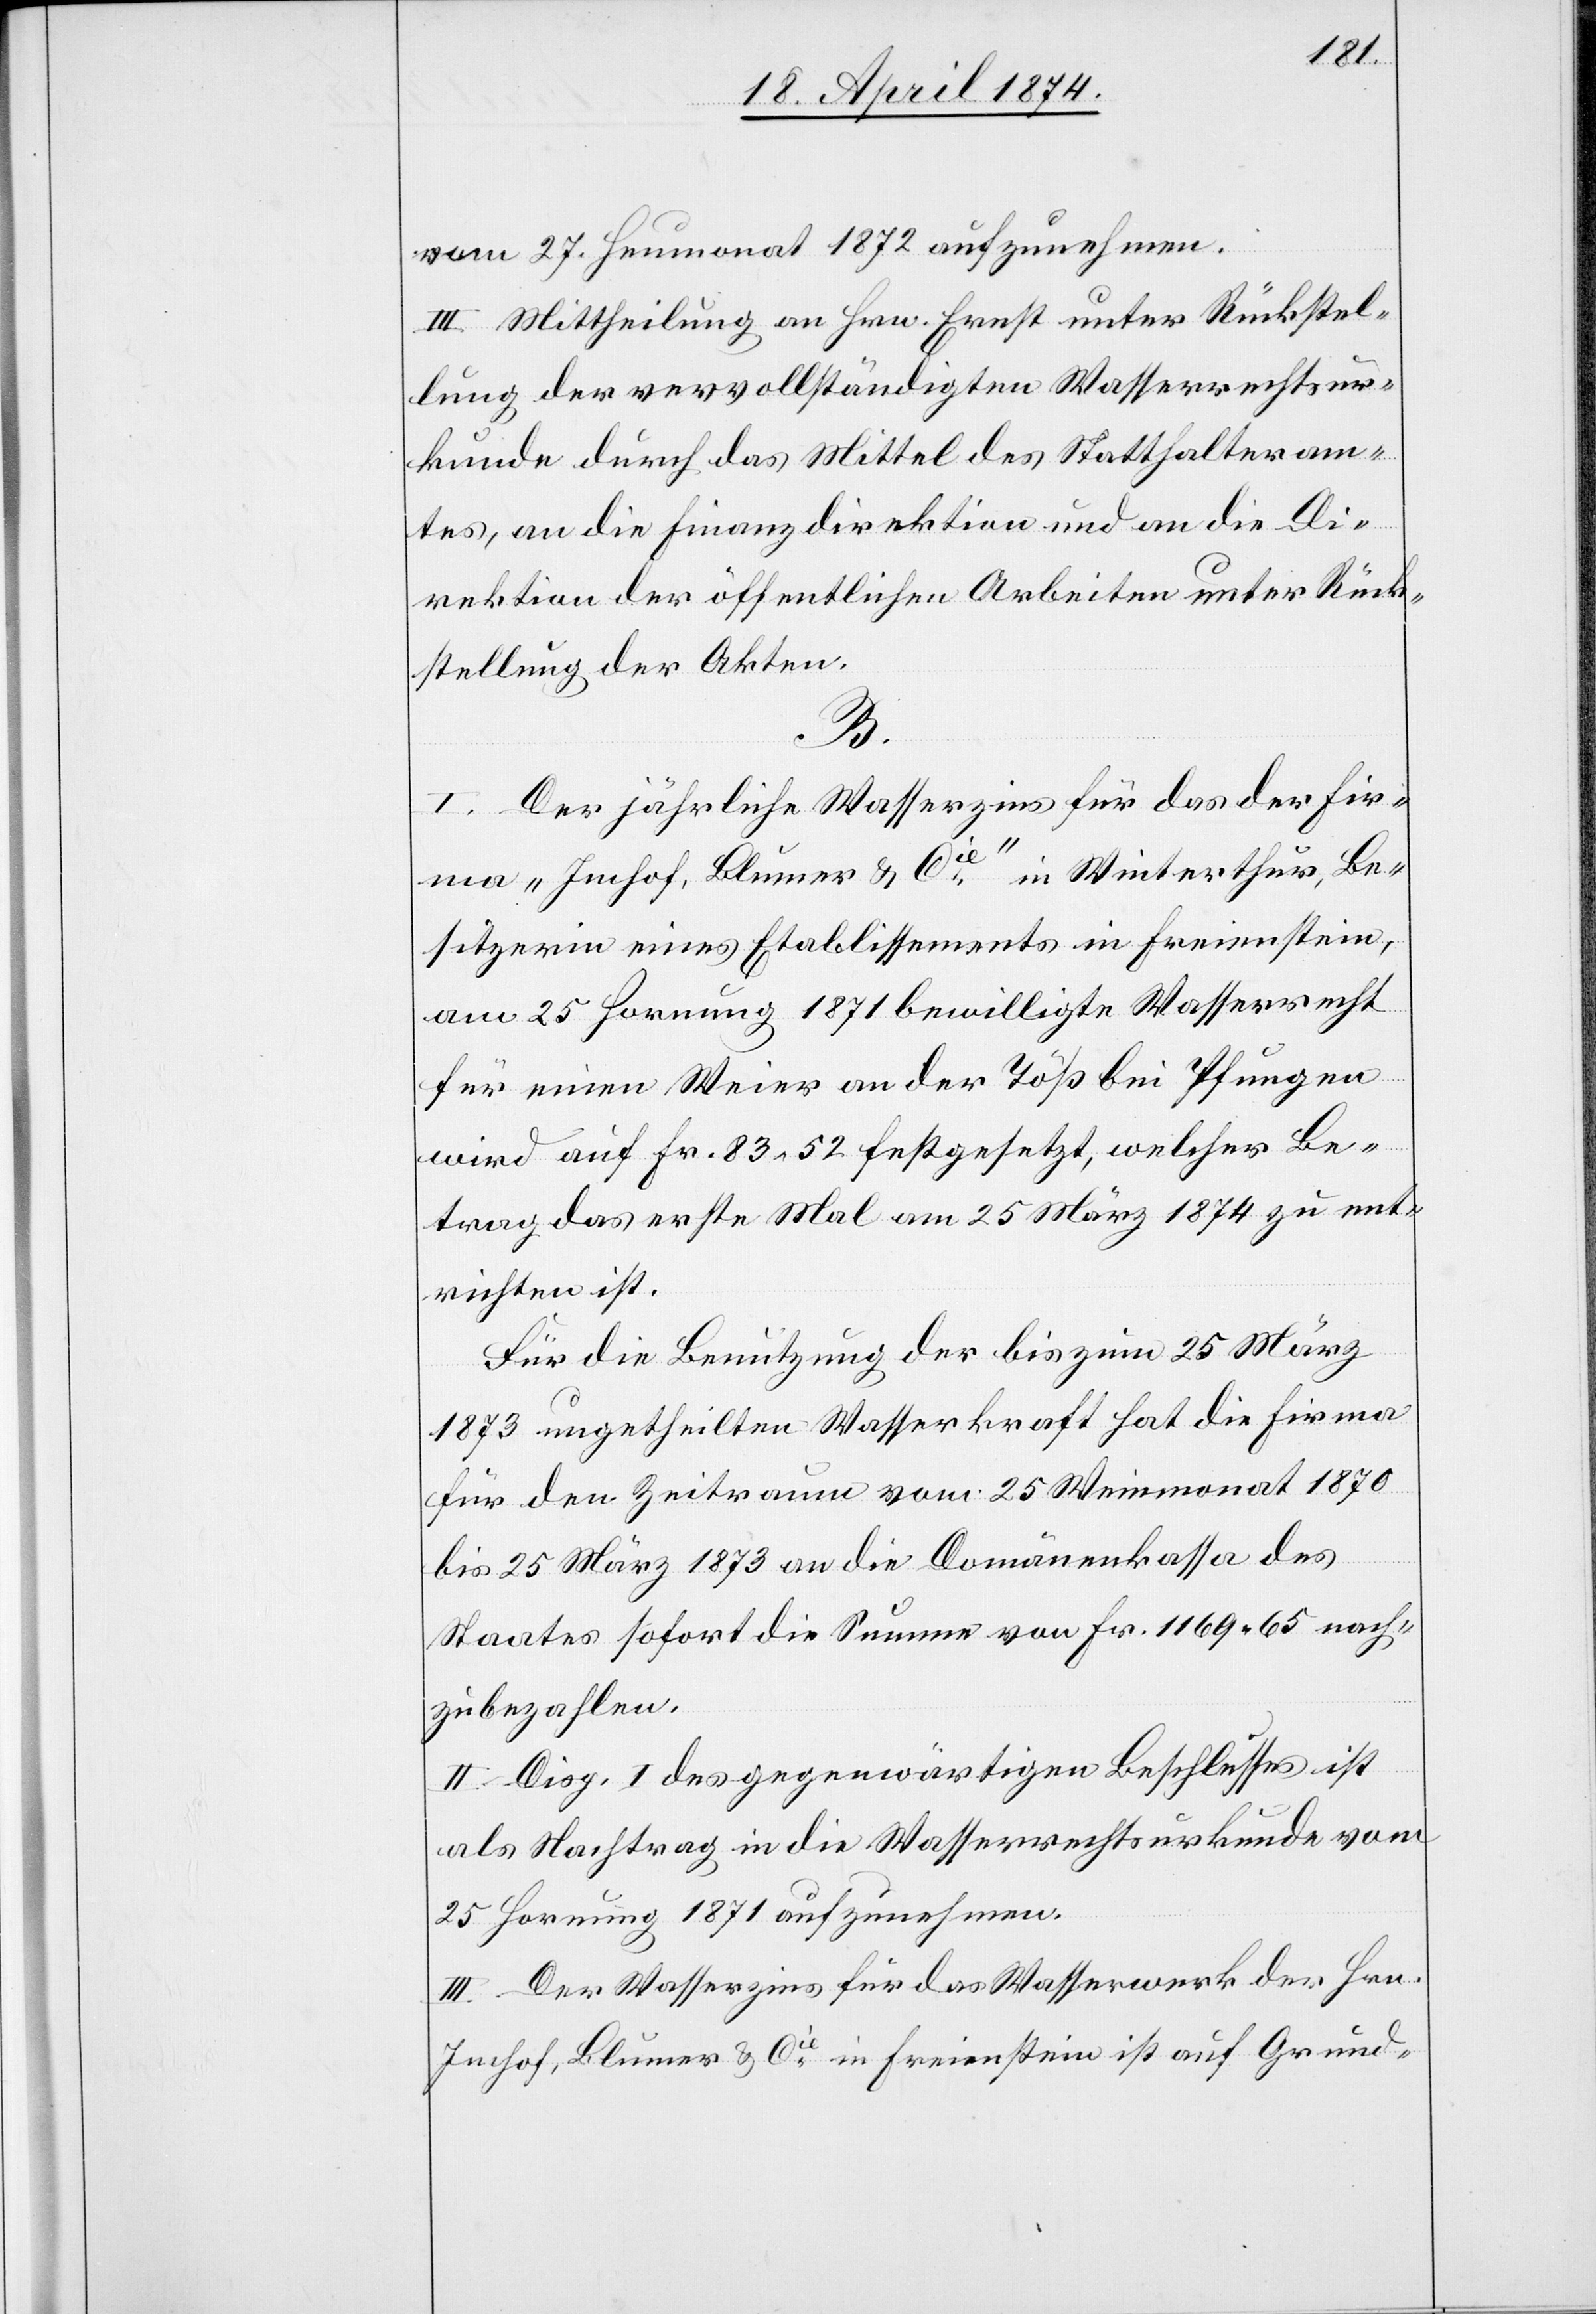
vom 27. Heumonat 1872 aufzunehmen.
III. Mittheilung an Hrn. Ernst unter Rückstel¬
lung der vervollständigten Wasserrechtsur¬
kunde durch das Mittel des Statthalteram¬
tes, an die Finanzdirektion und an die Di¬
rektion der öffentlichen Arbeiten unter Rück¬
stellung der Akten.
B.
I. Der jährliche Wasserzins für das der Fir¬
ma „Imhof, Blumer u. Cie“ in Winterthur, Be¬
sitzerin eines Etablissements in Freienstein,
am 25. Hornung 1871 bewilligte Wasserrecht
für einen Weier an der Töß bei Pfungen
wird auf Fr. 83.52 festgesetzt, welcher Be¬
trag das erste Mal am 25. März 1874 zu ent¬
richten ist.
Für die Benutzung der bis zum 25. März
1873 ungetheilten Wasserkraft hat die Firma
für den Zeitraum vom 25. Weinmonat 1870
bis 25. März 1873 an die Domänenkassa des
Staates sofort die Summe von Fr. 1169.65 nach¬
zubezahlen.
II. Disp. 1 des gegenwärtigen Beschlusses ist
als Nachtrag in die Wasserrechtsurkunde vom
25. Hornung 1871 aufzunehmen.
III. Der Wasserzins für das Wasserwerk des Hrn.
Imhof, Blumer u. Cie in Freienstein ist auf Grund-